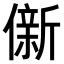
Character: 𫣩